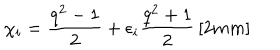
LaTeX: \chi _ { i } = \frac { q ^ { 2 } - 1 } { 2 } + \epsilon _ { i } \frac { q ^ { 2 } + 1 } { 2 } \, [ 2 m m ]